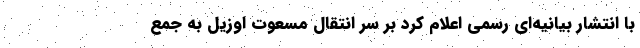
با انتشار بیانیه‌ای رسمی اعلام کرد بر سر انتقال مسعوت اوزیل به جمع